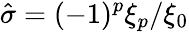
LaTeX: \hat{\sigma}=(-1)^{p}\xi_{p}/\xi_{0}